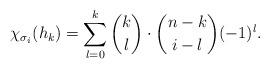
LaTeX: \begin{align*}\chi_{\sigma_i}(h_k)=\sum_{l=0}^{k}\binom{k}{l}\cdot \binom{n-k}{i-l}(-1)^l.\end{align*}